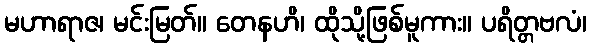
မဟာရာဇ၊ မင်းမြတ်။ တေနဟိ၊ ထိုသို့ဖြစ်မူကား။ ပရိတ္တဗလံ၊